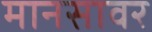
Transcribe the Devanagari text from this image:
मानसावर